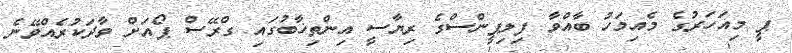
ޕީ މިއަހަރުގެ މެއިމަހު ބާއްވާ ފިލިޕީންސްގެ ރިޔާސީ އިންތިޚާބުގައި ގްރޭސް ޕޯއަށް ވާދަކުރެއްވޭނެ